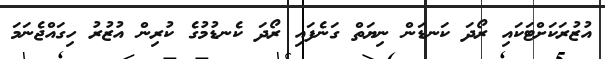
އުޒުރަކަށްޓަކައި ރޯދަ ކަނޑަން ނިޔަތް ގަނެފައި ރޯދަ ކެނޑުމުގެ ކުރިން އުޒުރު ހިގައްޖެނަމަ